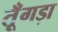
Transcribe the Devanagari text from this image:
तूँगड़ा